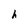
Character: h